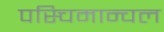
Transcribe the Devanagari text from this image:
पस्चिमान्चल